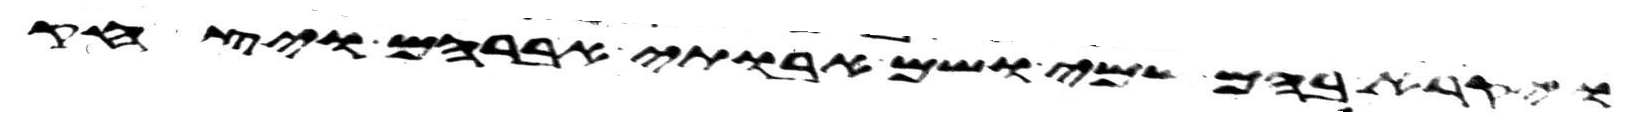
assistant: ויקרא בהם שמי ושם אבותי אברהם ויצחק